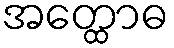
အတ္ထောဓ